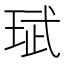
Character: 珷